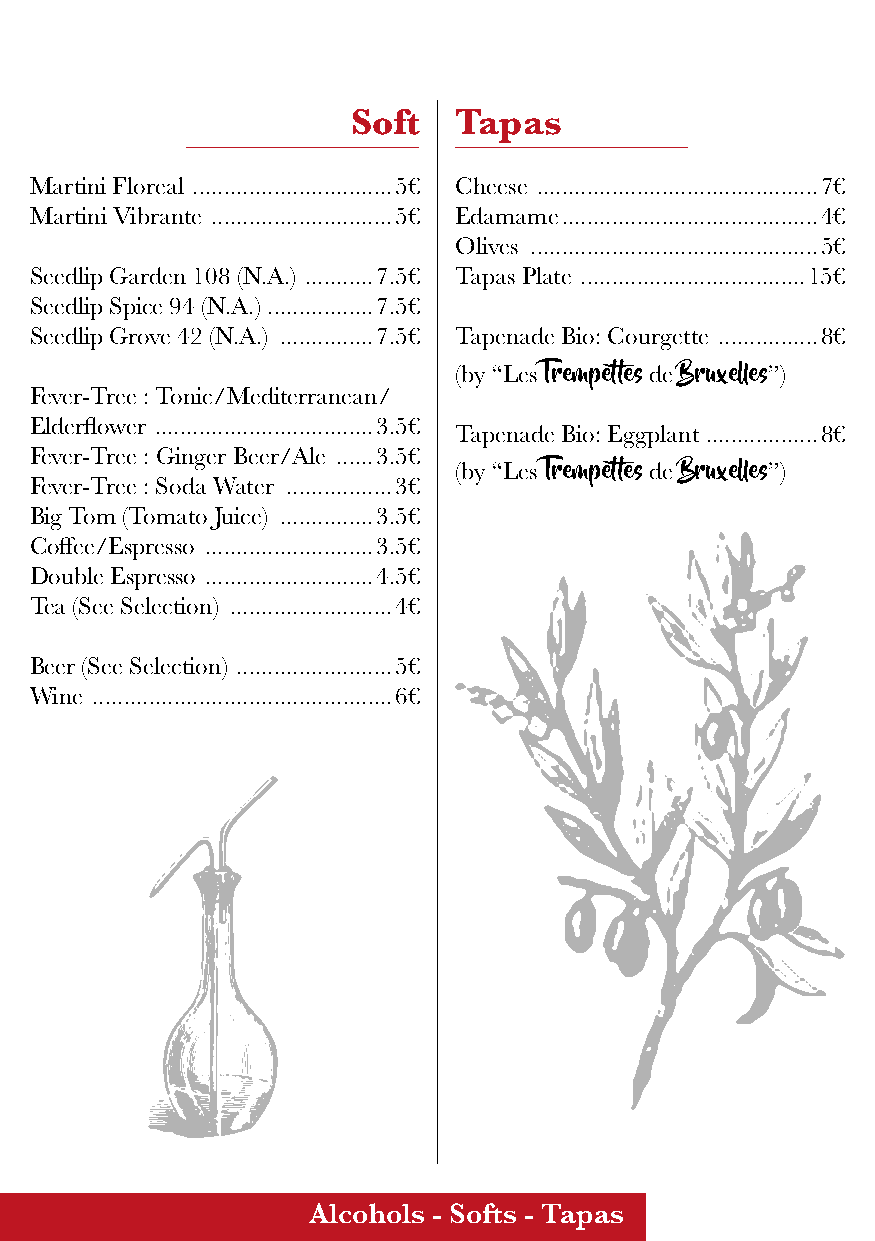
Soft   Tapas
 Martini Floreal ................................5€ Cheese .............................................7€
 Martini Vibrante .............................5€ Edamame .........................................4€
 Olives ..............................................5€
 Seedlip Garden 108 (N.A.) ...........7.5€ Tapas Plate ....................................15€
 Seedlip Spice 94 (N.A.) .................7.5€
 Seedlip Grove 42 (N.A.) ...............7.5€ Tapenade Bio: Courgette ................8€
 (by “Les     de      ”)
 Trempettes Bruxelles
 Fever-Tree : Tonic/Mediterranean/
 Elderflower ...................................3.5€
 Tapenade Bio: Eggplant ..................8€
 Fever-Tree : Ginger Beer/Ale ......3.5€
 (by “Les     de      ”)
 Trempettes Bruxelles
 Fever-Tree : Soda Water .................3€
 Big Tom (Tomato Juice) ...............3.5€
 Coffee/Espresso ...........................3.5€
 Double Espresso ...........................4.5€
 Tea (See Selection) ..........................4€
 Beer (See Selection) .........................5€
 Wine ................................................6€
 Alcohols - Softs - Tapas